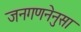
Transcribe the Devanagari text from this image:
जनगणनेनुसा